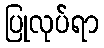
ပြုလုပ်ရာ